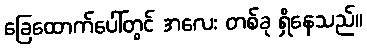
ခြေထောက်ပေါ်တွင် အလေး တစ်ခု ရှိနေသည်။